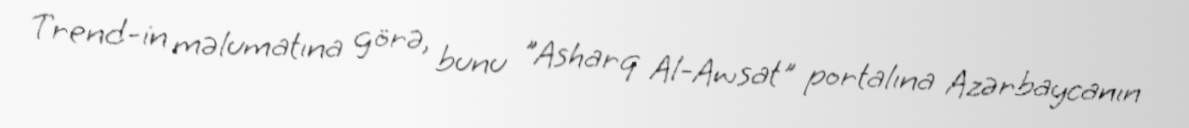
Trend-in məlumatına görə, bunu "Asharq Al-Awsat" portalına Azərbaycanın